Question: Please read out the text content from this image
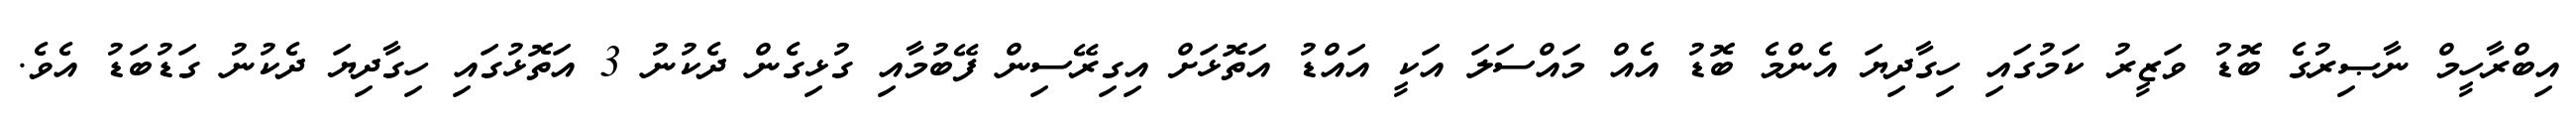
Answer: އިބްރާހީމް ނާޞިރުގެ ބޮޑު ވަޒީރު ކަމުގައި ހިގާދިޔަ އެންމެ ބޮޑު އެއް މައްސަލަ އަކީ އައްޑު އަތޮޅަށް އިގިރޭސިން ފޭބުމާއި ގުޅިގެން ދެކުނު 3 އަތޮޅުގައި ހިގާދިޔަ ދެކުނު ގަޑުބަޑު އެވެ.